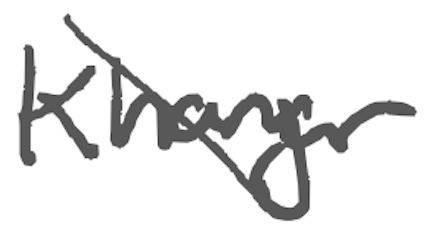
Text: Khanjar
Cross-out: diagonal
Writing tool: digital_gray